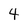
Character: 4